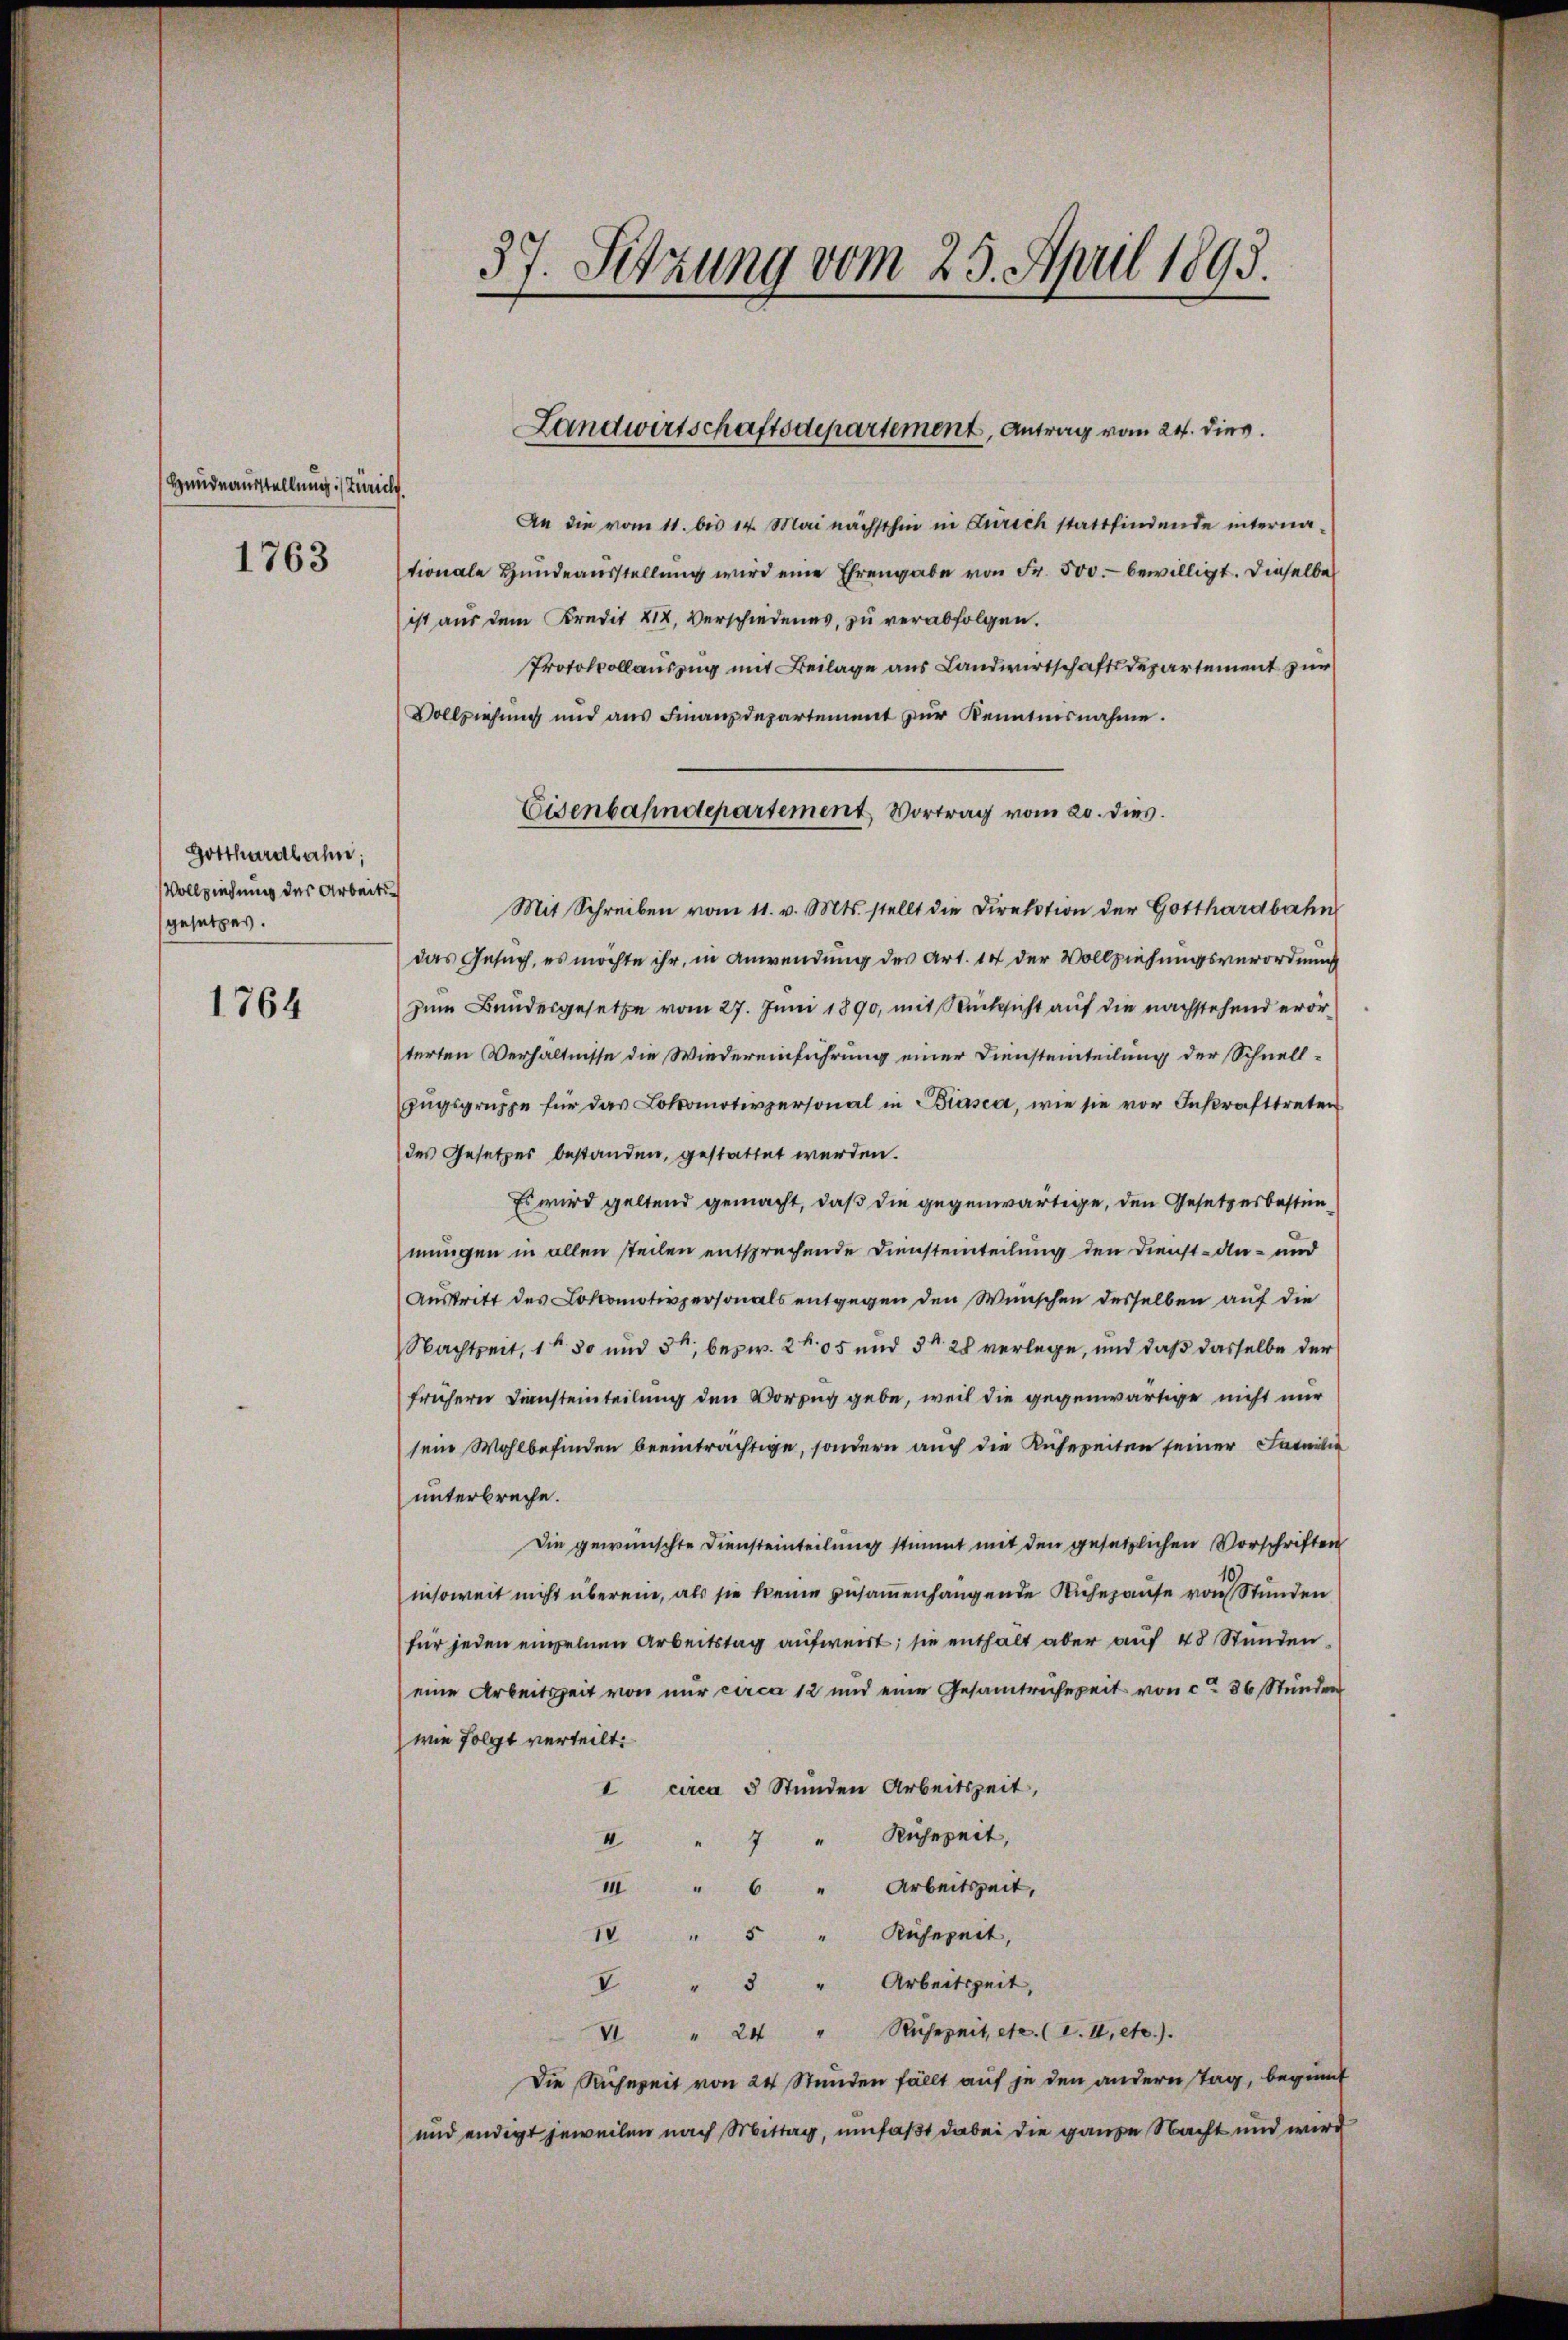
Handeausstellung Zürich

1763

Gotthardbahn;
Vollziehung des Arbeitsgesetzes.

1764

37. Setzung vom 23. April 1893.

An die vom 11. bis 14. Mai nächsthin in Zürich stattfindende interna-
tionale Hŭndeaŭsstellŭng wird eine Ehrengabe von Fr. 500.- bewilligt. Dieselbe
ist aus dem Kredit XIX, Verschiedenes, zu verabfolgen.
Protokollauszug mit Beilage aus Landwirtschaftsdepartement zur
Vollziehung und aus Finanzdepartement zur Kenntnisnahme.
Mit Schreiben vom 11. v. Mts. stellt die Direktion der Gotthardbahn
das Gesuch, es möchte ihr, in Anwendung des Art. 14 der Vollziehungsverordnung
zum Bundesgesetze vom 27. Juni 1890, mit Rücksicht auf die nachstehend erörterten Verhältnisse die Wiedereinführung einer Diensteinteilung der Schnell¬
Zugsgruppe für das Lokomotivpersonal in Biasca, wie sie vor Inkrafttreten
des Gesetzes bestanden, gestattet werden.
Es wird geltend gemacht, daß die gegenwärtige, den Gesetzesbestimmungen in allen steilen entsprechende Diensteinteilung den Dienst-din- und
Austritt des Lokomotiversonals entgegen den Wünschen desselben auf die
Nachtzeit, 1 f 30 und 3, bezw. 2. 95 und 3. 28 verlege, und daß dasselbe der
frühern Diensteinteilung den Vorzug gebe, weil die gegenwärtige nicht nur
sein Wohlbefinden beeinträchtige, sondern auch die Kühereiten seiner Intuitie
unterbreche.
Die gewünschte Diensteinteilung stimmt mit den gesetzlichen Vorschriften
insoweit nicht überein, als sie keine zusammenhängende Ruhepause von Stunden
für jeden einzelnen Arbeitstag aufweist; sie enthalt aber auf 48 Stunden.
eine Arbeitszeit von nur circa 12 und eine Gesamtrechzeit von ca 36 Stunden
wie folgt verteilt:
I circa 5 Stunden Arbeitszeit,
II
" 7 " Ruhezeit,
III " 6 " Arbeitszeit,
1 " 5 " Küfereit,
" " 3 " Arbeitszeit,
V " 24 " Rŭhezeit, etc. (I. II, etc.).
Die Ruchweit von 24 Stunden fällt auf je den andern Tag, beginnt
und endert jeweilen nach Mittag, umfaßt dabei die ganze Nacht und wird

Landwirtschaftsdepartement, Antrag vom 24. dies

Eisenbahndepartement, Vortrag vom 20. dies.